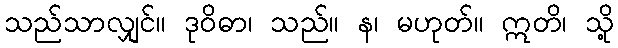
သည်သာလျှင်။ ဒုဝိဓာ၊ သည်။ န၊ မဟုတ်။ ဣတိ၊ သို့